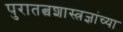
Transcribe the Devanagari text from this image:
पुरातत्वशास्त्रज्ञांच्या